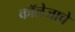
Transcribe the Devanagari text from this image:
कॉलेजाचे